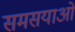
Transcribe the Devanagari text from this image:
समसयाओं